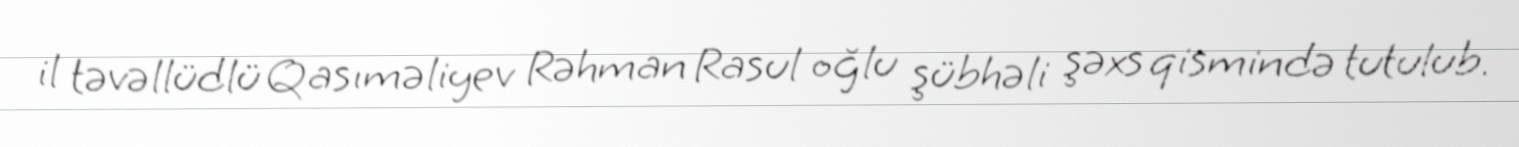
il təvəllüdlü Qasıməliyev Rəhman Rasul oğlu şübhəli şəxs qismində tutulub.